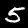
Label: 5